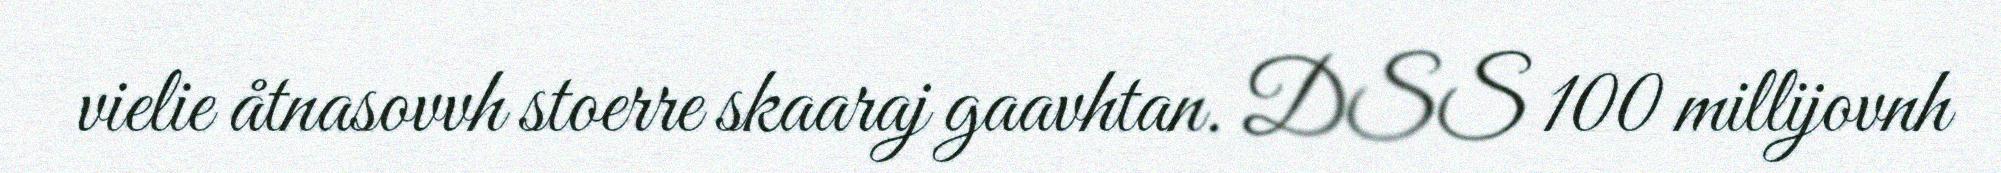
vielie åtnasovvh stoerre skaaraj gaavhtan. DSS 100 millijovnh